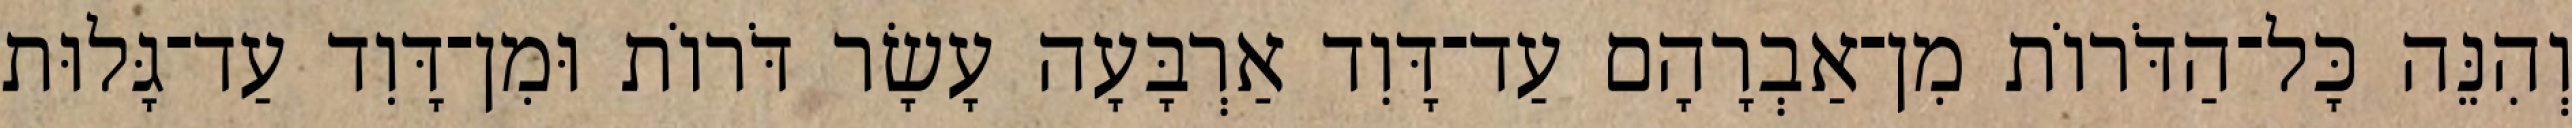
וְהִנֵּה כָּל־הַדֹּרוֹת מִן־אַבְרָהָם עַד־דָּוִד אַרְבָּעָה עָשָׂר דֹּרוֹת וּמִן־דָּוִד עַד־גָּלוּת